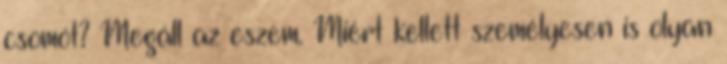
csomót? Megáll az eszem. Miért kellett személyesen is olyan